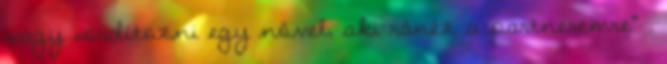
vagy „ordítozni egy nővel, aki ránéz a partneremre” .